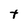
Character: t